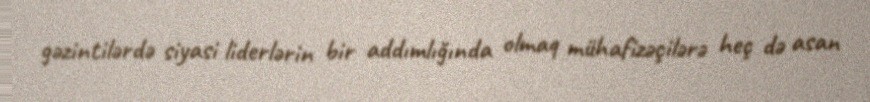
gəzintilərdə siyasi liderlərin bir addımlığında olmaq mühafizəçilərə heç də asan